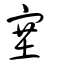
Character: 𡫼